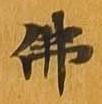
仏